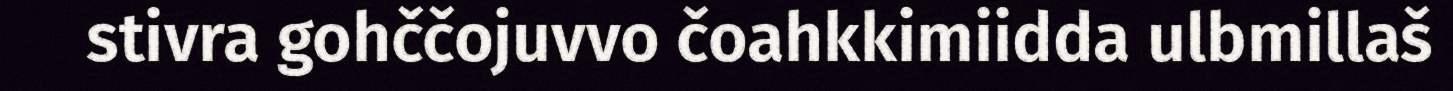
stivra gohččojuvvo čoahkkimiidda ulbmillaš